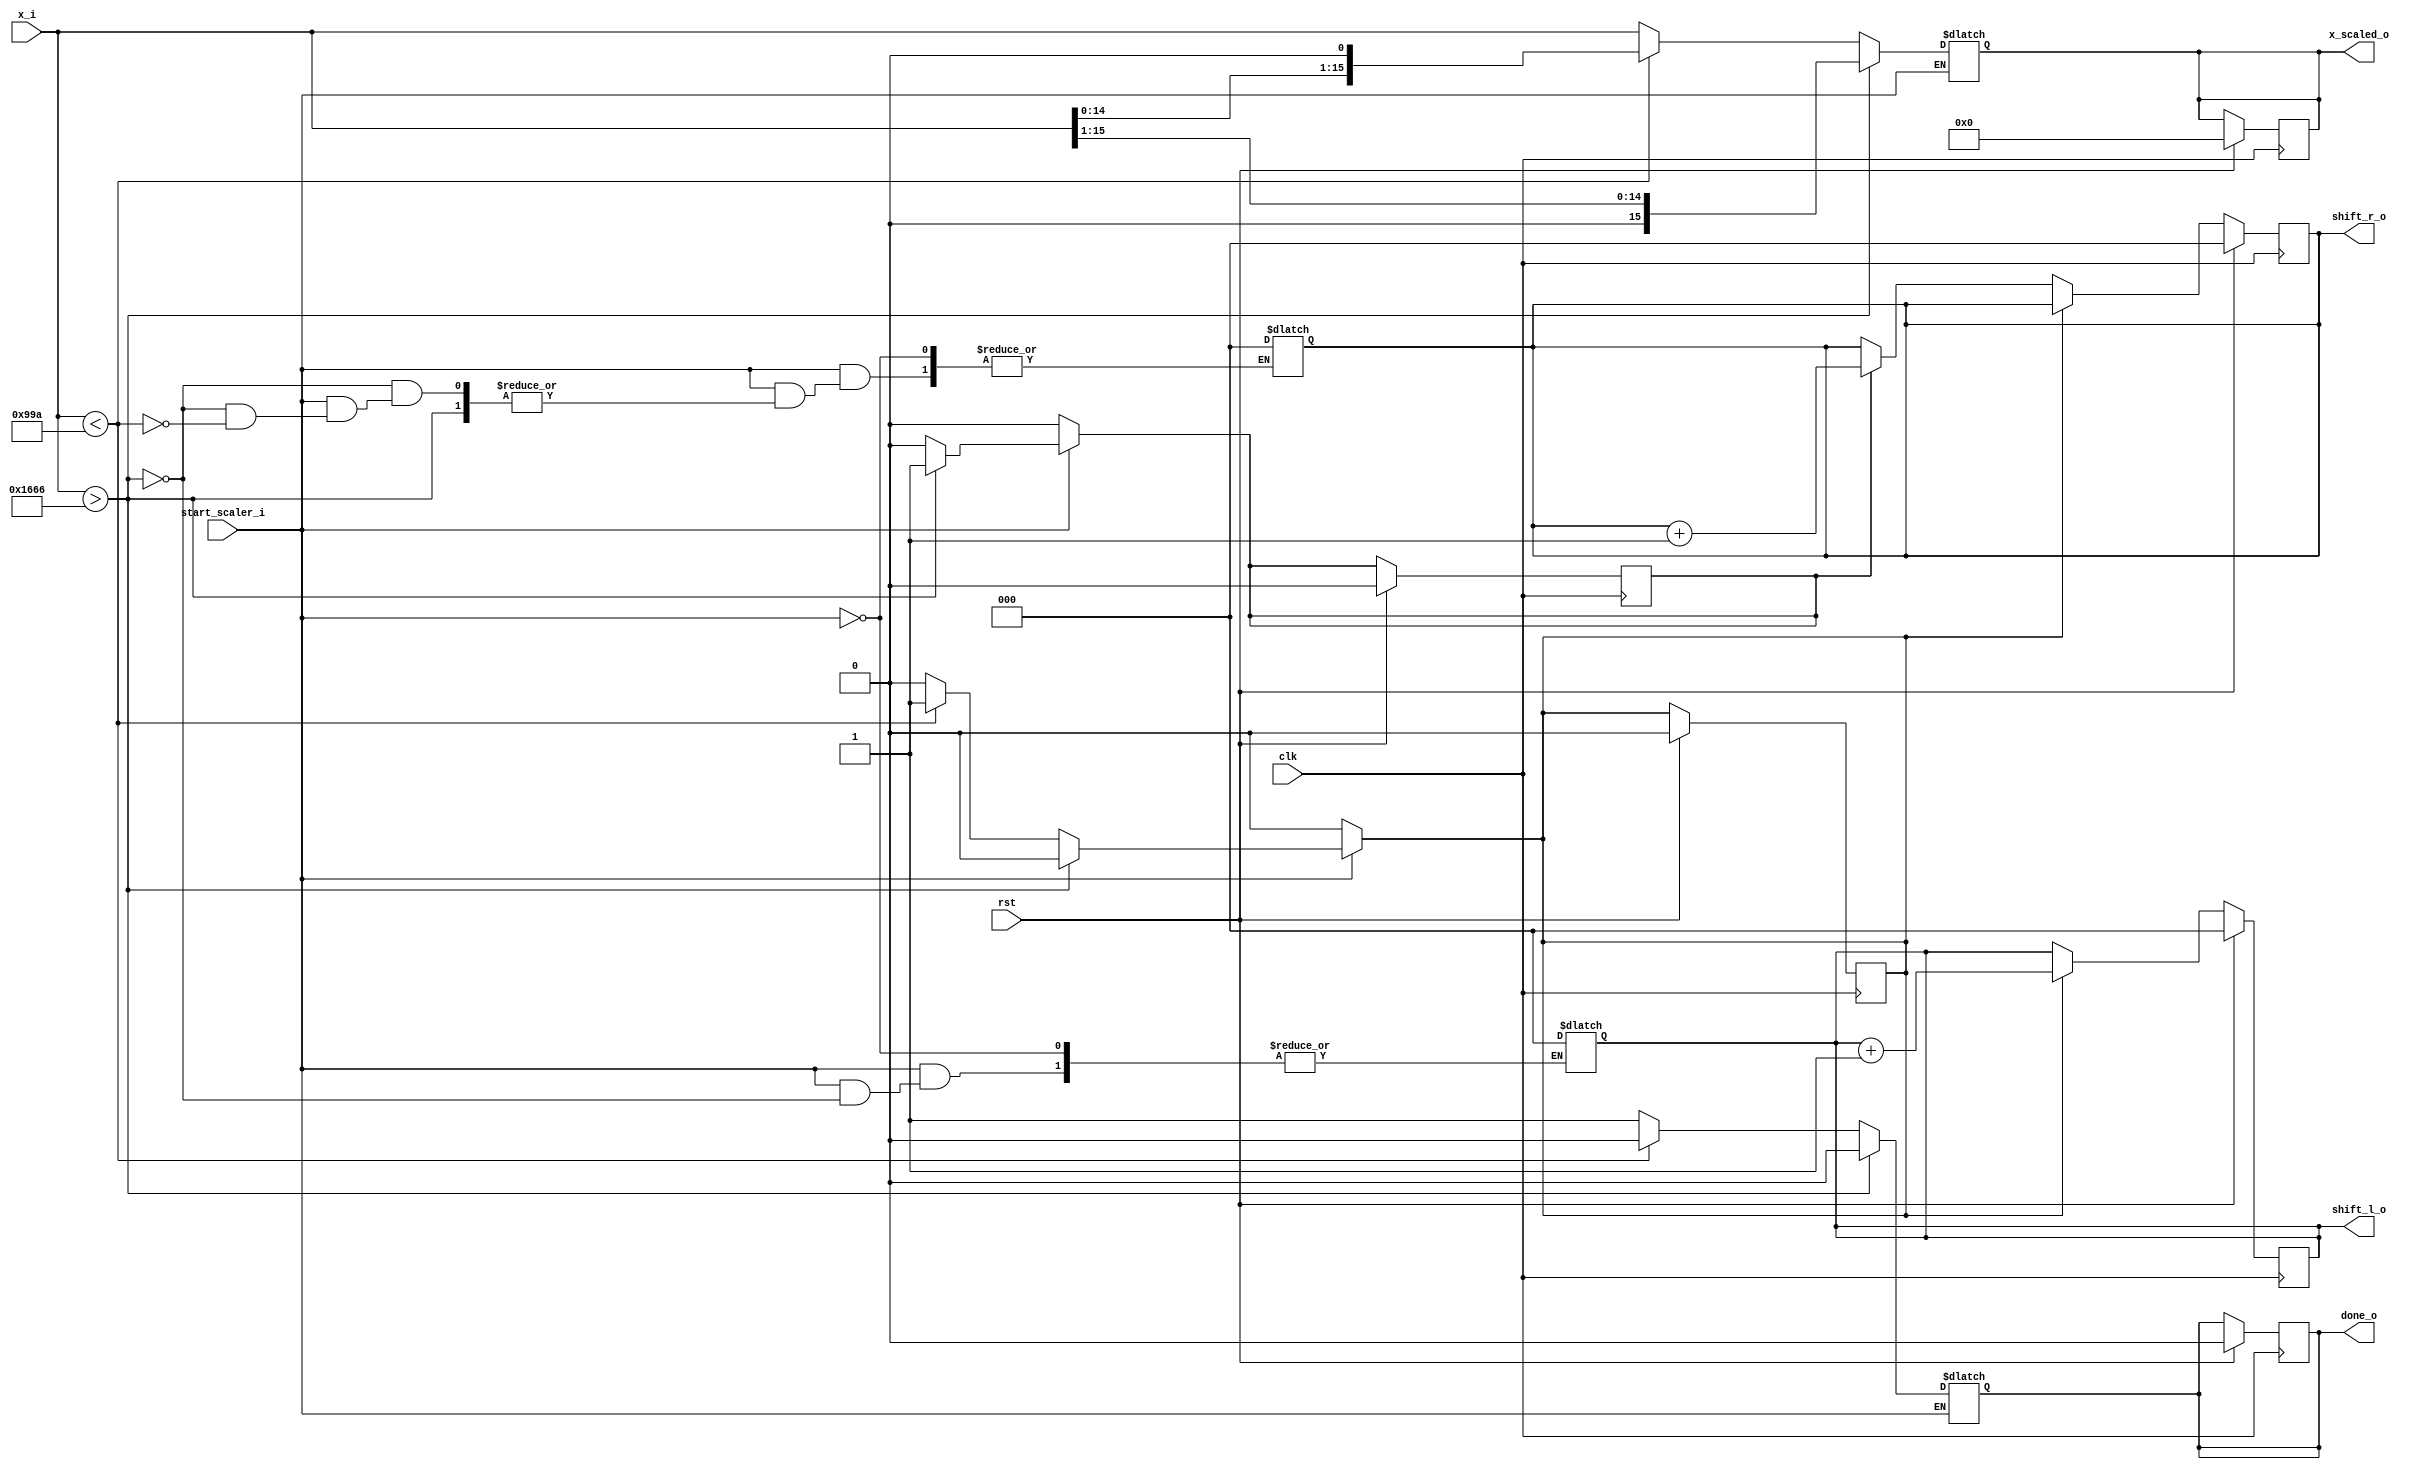
module scaler(clk, rst, start_scaler_i, x_i, x_scaled_o, shift_l_o, shift_r_o, done_o);

/* parameters */
parameter W = 16;//INPUT_BIT_WIDTH;

/* i/o ports */
input clk, rst, start_scaler_i;
input signed [(W-1):0] x_i;
output reg signed [(W-1):0] x_scaled_o;
output reg [2:0] shift_l_o, shift_r_o;
output reg done_o;

/* Intern */
reg count_l, count_r;

always @ (posedge clk) begin
	if(rst) begin
		shift_l_o 	<= 'd0;
		shift_r_o 	<= 'd0;
		x_scaled_o 	<= 'd0;
		done_o		<= 'd0;
		count_l		<= 'd0;
		count_r		<= 'd0;
	end
	else begin
		if (count_l) begin
			shift_l_o <= shift_l_o + 'd1;
		end
		
		else if (count_r) begin
			shift_r_o <= shift_r_o + 'd1;
		end
	
	end
end


/* kombinatorischer block */
always @(*) begin

	count_l = 'd0;
	count_r = 'd0;

	if (start_scaler_i)begin
	
		if (x_i > 'd5734) begin  //Upper bound = 1.4
			x_scaled_o = x_i >>1;
			shift_l_o = 1'b0;
			done_o = 1'b0;
			count_r = 'd1;
		end
		else if(x_i < 'd2458)begin // Lower bound = 0.6
			x_scaled_o = x_i <<1;
			shift_r_o = 1'b0;
			done_o = 1'b0;
			count_l = 'd1;
		end
		else begin
			x_scaled_o = x_i;
			done_o = 1'b1;
			count_l = 'd0;
			count_r = 'd0;
		end
	end
end

endmodule